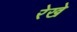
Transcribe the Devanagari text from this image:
रेखे